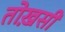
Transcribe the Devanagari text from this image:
तोख़सी